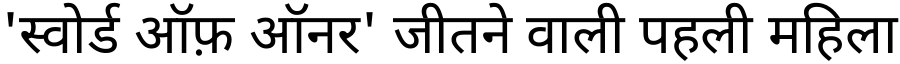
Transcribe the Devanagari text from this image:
'स्वोर्ड ऑफ़ ऑनर' जीतने वाली पहली महिला